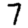
Digit: 7